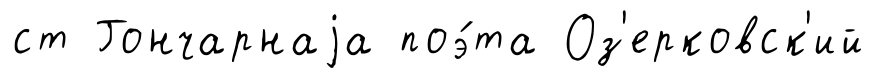
ст Гончарнаjа поэ́та Оз'ерковск'ий